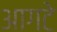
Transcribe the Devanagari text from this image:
आगटे